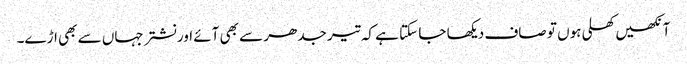
آنکھیں کھلی ہوں تو صاف دیکھا جا سکتا ہے کہ تیر جدھر سے بھی آئے اور نشتر جہاں سے بھی اڑے۔